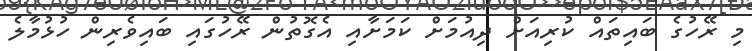
މި ރޭހުގެ ބައިތައް ކުރިއަށް ދިއުމަށް ކަމަށާއި އެގޮތުން ރޭހުގައި ބައިވެރިން ހުޅުމާލެ